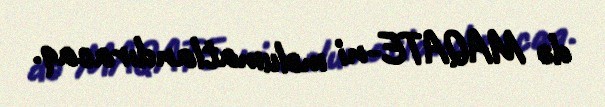
də MAQATE-ni məlumatlandıracaq.